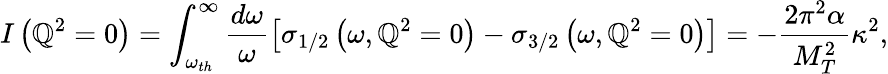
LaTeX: I\left(\mathbb{Q}^{2}=0\right)=\int_{\omega_{th}}^{\infty}\frac{{d\omega}}{{\omega}}\left[\sigma_{1/2}\left(\omega,\mathbb{Q}^{2}=0\right)-\sigma_{3/2}\left(\omega,\mathbb{Q}^{2}=0\right)\right]=-\frac{{2\pi^{2}\alpha}}{{M_{T}^{2}}}\kappa^{2},